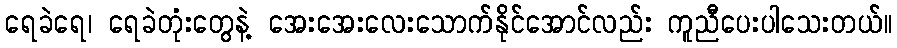
ရေခဲရေ၊ ရေခဲတုံးတွေနဲ့ အေးအေးလေးသောက်နိုင်အောင်လည်း ကူညီပေးပါသေးတယ်။